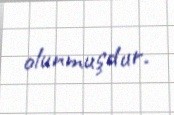
olunmuşdur.